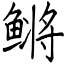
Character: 鳉